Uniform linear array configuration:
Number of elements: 12
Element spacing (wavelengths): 0.75
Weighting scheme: hamming
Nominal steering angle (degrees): -15
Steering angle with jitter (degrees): -13.018
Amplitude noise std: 0.05
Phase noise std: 0.05

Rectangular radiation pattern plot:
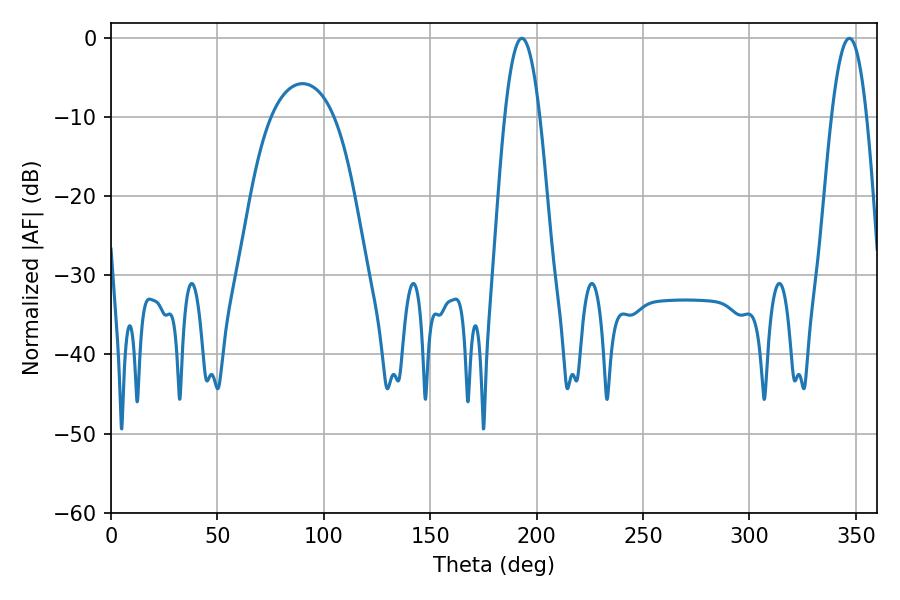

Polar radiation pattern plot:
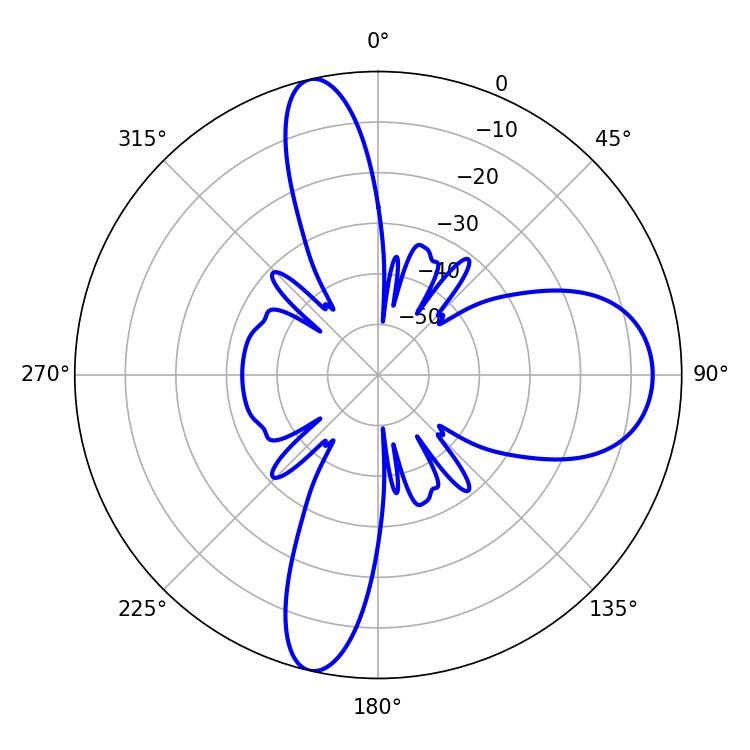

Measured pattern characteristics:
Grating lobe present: TRUE
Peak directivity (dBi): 16.755
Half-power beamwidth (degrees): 9
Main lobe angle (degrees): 193.14